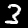
Digit: 3